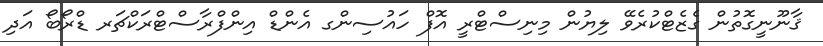
ޤާނޫނީގޮތުން ގެޒެޓްކުރެވޭ ލިޔުން މިނިސްޓްރީ އޮފް ހައުސިންގ އެންޑް އިންފްރާސްޓްރަކްޗަރ ޑްރޯބޯ އަދި